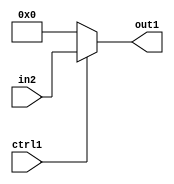
`timescale 1ps / 1ps
/*****************************************************************************
    Verilog RTL Description
    
    
    Created by: Stratus DpOpt 2019.1.01 
*******************************************************************************/

module fix2float_Muxs32i0u1_4_0 (
	in2,
	ctrl1,
	out1
	); /* architecture "behavioural" */ 
input [31:0] in2;
input  ctrl1;
output [31:0] out1;
wire [31:0] asc001;

reg [31:0] asc001_tmp_0;
assign asc001 = asc001_tmp_0;
always @ (ctrl1 or in2) begin
	case (ctrl1)
		1'B1 : asc001_tmp_0 = in2 ;
		default : asc001_tmp_0 = 32'B00000000000000000000000000000000 ;
	endcase
end

assign out1 = asc001;
endmodule

/* CADENCE  uLb2SAA= : u9/ySgnWtBlWxVPRXgAZ4Og= ** DO NOT EDIT THIS LINE ******/